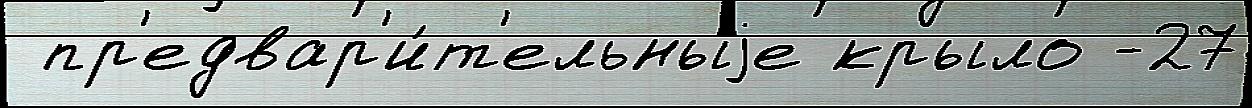
 пр'едвар'и́т'ельныjе крыло -27